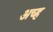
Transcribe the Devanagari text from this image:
अच्ह